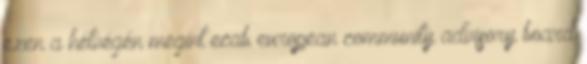
ezen a hétvégén megint ecab european community advisory board